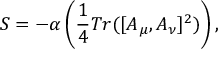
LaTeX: S = - \alpha \left( \frac { 1 } { 4 } T r ( [ A _ { \mu } , A _ { \nu } ] ^ { 2 } ) \right) ,